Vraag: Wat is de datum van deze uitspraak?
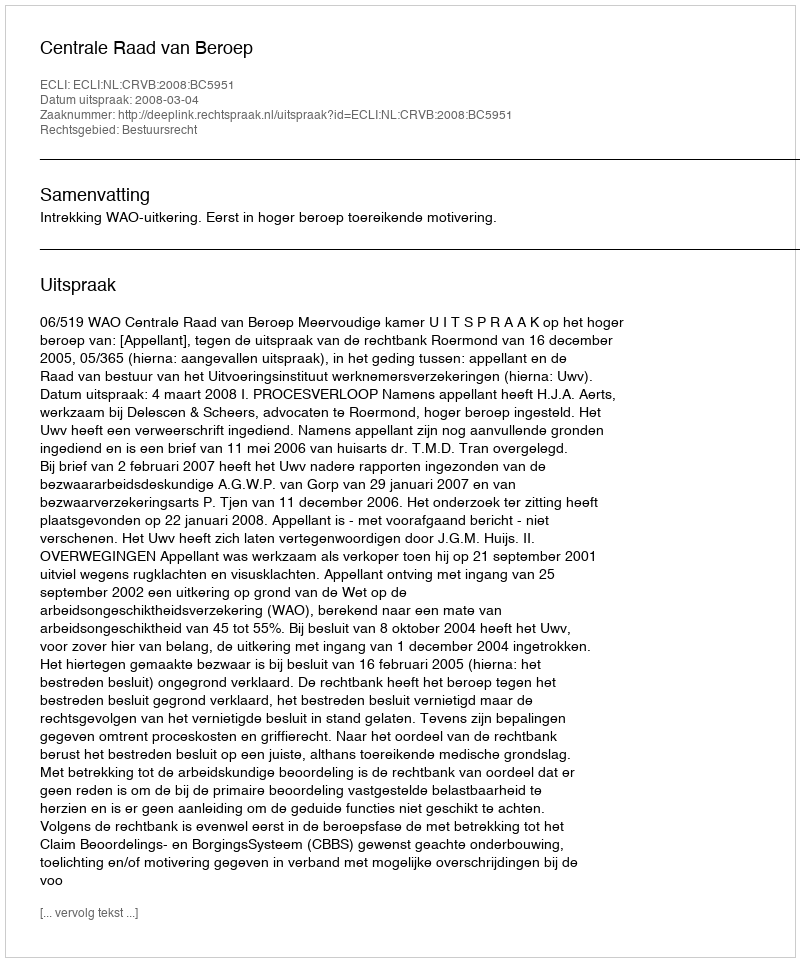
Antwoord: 2008-03-04